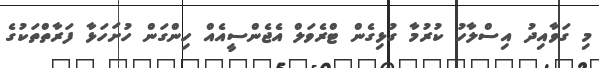
މި ގަވާއިދު އިސްލާހު ކުރުމާ ގުޅިގެން ޓްރެވަލް އެޖެންސީއެއް ހިންގަން ހުށަހަޅާ ފަރާތްތަކުގެ